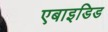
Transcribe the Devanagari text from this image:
एबाइडिड